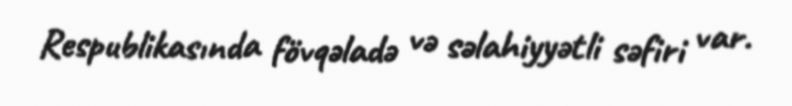
Respublikasında fövqəladə və səlahiyyətli səfiri var.